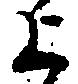
上